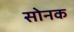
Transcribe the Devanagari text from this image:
सोनक